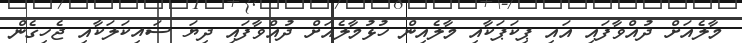
މާލެއަށް ދުއްވާފައި އައި ޕިކަޕަކާއި މާލެއިން ހުޅުމާލެއަށް ދުއްވާފައި ދިޔަ ސައިކަލަކާއި ޖެހިގެން